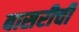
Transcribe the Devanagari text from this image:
बासरीची